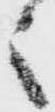
之